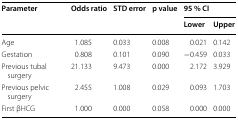
<table><thead><tr><td rowspan="2"><b>Parameter</b></td><td rowspan="2"><b>Odds ratio</b></td><td rowspan="2"><b>STD error</b></td><td rowspan="2"><b>p value</b></td><td colspan="2"><b>95 % CI</b></td></tr><tr><td><b>Lower</b></td><td><b>Upper</b></td></tr></thead><tbody><tr><td>Age</td><td>1.085</td><td>0.033</td><td>0.008</td><td>0.021</td><td>0.142</td></tr><tr><td>Gestation</td><td>0.808</td><td>0.101</td><td>0.090</td><td>−0.459</td><td>0.033</td></tr><tr><td>Previous tubal surgery</td><td>21.133</td><td>9.473</td><td>0.000</td><td>2.172</td><td>3.929</td></tr><tr><td>Previous pelvic surgery</td><td>2.455</td><td>1.008</td><td>0.029</td><td>0.093</td><td>1.703</td></tr><tr><td>First βHCG</td><td>1.000</td><td>0.000</td><td>0.058</td><td>0.000</td><td>0.000</td></tr></tbody></table>